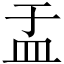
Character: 盂